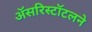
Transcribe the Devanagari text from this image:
अॅसरिस्टॉटलने